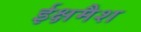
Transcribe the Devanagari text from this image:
ईक्षमैश